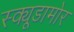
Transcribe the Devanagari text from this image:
स्क्यूडामोर